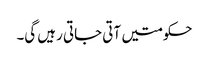
حکومتیں آتی جاتی رہیں گی۔